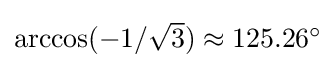
{\textstyle \arccos(-1/{\sqrt {3}})\approx 125.26^{\circ }}